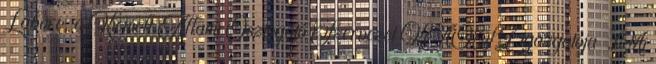
Laborc, a Kiemelt Állami Osztogató Szervezet KÁOSZ igazgatója „Mi